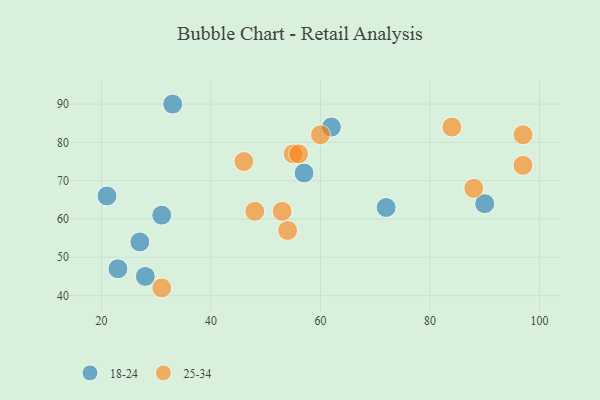
{"axis": {"x": "GDP", "y": "Life Expectancy"}, "legend": ["18-24", "25-34"], "data": [{"x": "33", "y": 90, "type": "18-24"}, {"x": "21", "y": 66, "type": "18-24"}, {"x": "72", "y": 63, "type": "18-24"}, {"x": "28", "y": 45, "type": "18-24"}, {"x": "31", "y": 61, "type": "18-24"}, {"x": "23", "y": 47, "type": "18-24"}, {"x": "62", "y": 84, "type": "18-24"}, {"x": "90", "y": 64, "type": "18-24"}, {"x": "27", "y": 54, "type": "18-24"}, {"x": "57", "y": 72, "type": "18-24"}, {"x": "46", "y": 75, "type": "25-34"}, {"x": "48", "y": 62, "type": "25-34"}, {"x": "60", "y": 82, "type": "25-34"}, {"x": "31", "y": 42, "type": "25-34"}, {"x": "97", "y": 74, "type": "25-34"}, {"x": "88", "y": 68, "type": "25-34"}, {"x": "55", "y": 77, "type": "25-34"}, {"x": "56", "y": 77, "type": "25-34"}, {"x": "84", "y": 84, "type": "25-34"}, {"x": "53", "y": 62, "type": "25-34"}, {"x": "54", "y": 57, "type": "25-34"}, {"x": "97", "y": 82, "type": "25-34"}]}